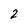
Character: 2